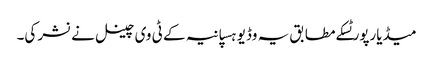
میڈیارپورٹسکے مطابق یہ وڈیو ہسپانیہ کے ٹی وی چینل نے نشر کی۔